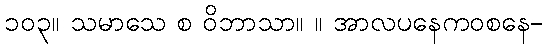
၁၀၃။ သမာသေ စ ဝိဘာသာ။ ။ အာလပနေကဝစနေ-